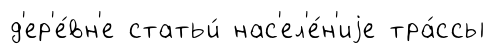
д'ер'е́вн'е статьи́ нас'ел'е́н'иjе тра́ссы